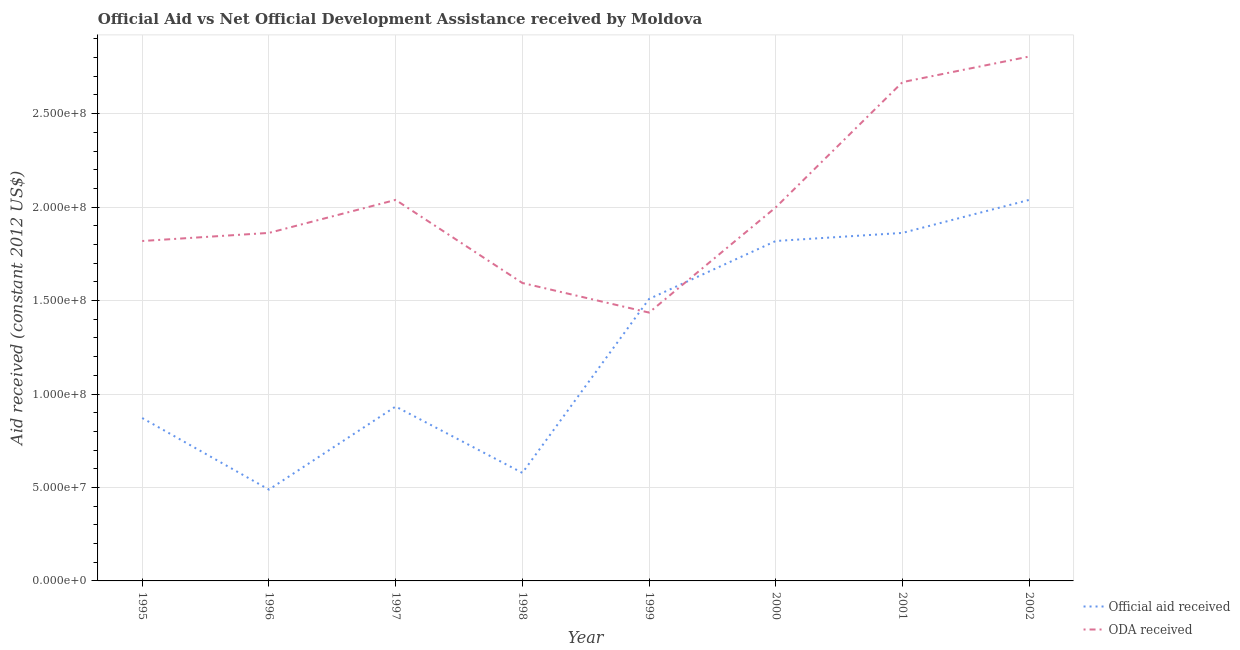
| Year | Official aid received | ODA received |
 | --- | --- | --- |
 | 1995 | 8.72e+07 | 1.82e+08 |
 | 1996 | 4.89e+07 | 1.86e+08 |
 | 1997 | 9.33e+07 | 2.04e+08 |
 | 1998 | 5.78e+07 | 1.59e+08 |
 | 1999 | 1.51e+08 | 1.44e+08 |
 | 2000 | 1.82e+08 | 2e+08 |
 | 2001 | 1.86e+08 | 2.67e+08 |
 | 2002 | 2.04e+08 | 2.81e+08 |